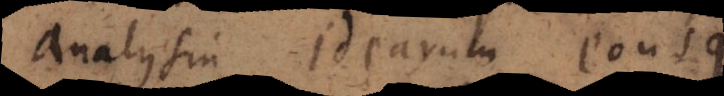
analysin idearum eousque